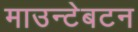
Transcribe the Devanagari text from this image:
माउन्टेबटन